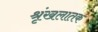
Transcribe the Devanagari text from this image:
श्रृंखलातक